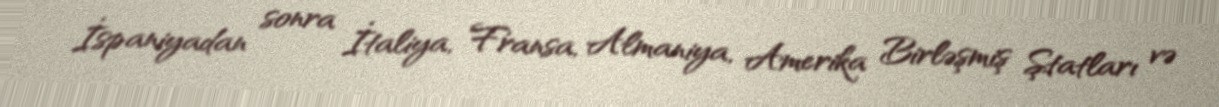
İspaniyadan sonra İtaliya, Fransa, Almaniya, Amerika Birləşmiş Ştatları və